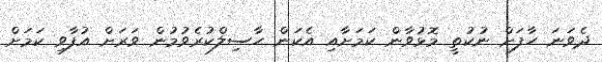
ދެވަނަ ހާފަށް ނުކުތީ މޮޅުވާން ކަމަށާއި އެކަން ހާސިލްކުރެވުމުން ވަރަށް އުފާވި ކަމަށް